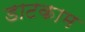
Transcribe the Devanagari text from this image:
डाटकाम